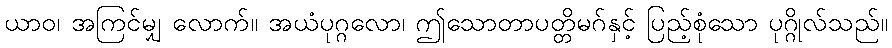
ယာဝ၊ အကြင်မျှ လောက်။ အယံပုဂ္ဂလော၊ ဤသောတာပတ္တိမဂ်နှင့် ပြည့်စုံသော ပုဂ္ဂိုလ်သည်။